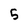
Character: 5